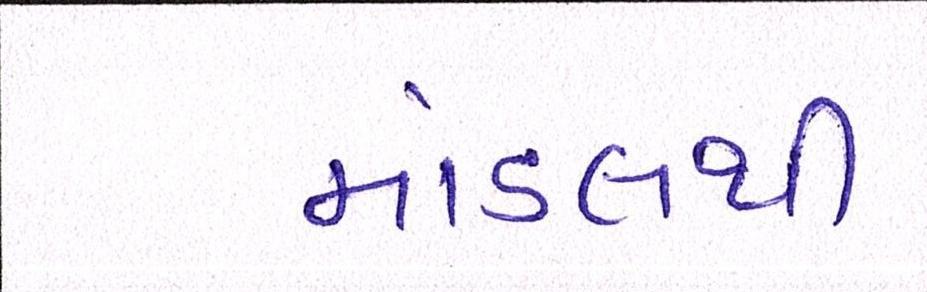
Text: માંડલથી